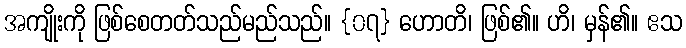
အကျိုးကို ဖြစ်စေတတ်သည်မည်သည်။ {၀၇} ဟောတိ၊ ဖြစ်၏။ ဟိ၊ မှန်၏။ ဧသ